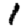
Digit: 1